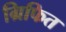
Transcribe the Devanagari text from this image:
ग्रिफित